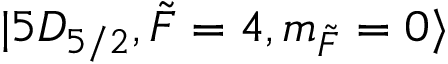
\lvert 5 D _ { 5 / 2 } , \Tilde { F } = 4 , m _ { \Tilde { F } } = 0 \rangle